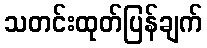
သတင်းထုတ်ပြန်ချက်